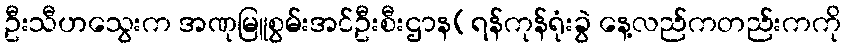
ဦးသီဟသွေးက အဏုမြူစွမ်းအင်ဦးစီးဌာန(ရန်ကုန်ရုံးခွဲ နေ့လည်ကတည်းကကို